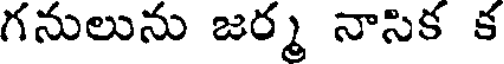
గనులును జర్మ నాసిక క